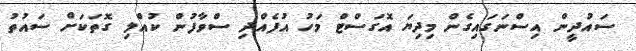
ސައުދީން އިސްނަގައިގެން މިދިޔަ އޮގަސްޓް މަހު އުފެއްދި ސްވާފުން ކުއްލި ގޮތަކަށް ސައުތު